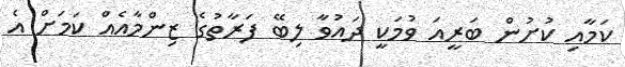
ކަމާއި ކުށުން ބަރީއަ ވުމަކީ ދައުވާ ލިބޭ ފަރާތުގެ ޒިންމާއެއް ކަމަށް އެ